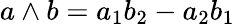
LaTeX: a\wedge b=a_{1}b_{2}-a_{2}b_{1}